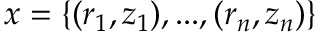
\boldsymbol { x } = \{ ( \boldsymbol { r } _ { 1 } , z _ { 1 } ) , . . . , ( \boldsymbol { r } _ { n } , z _ { n } ) \}